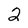
Character: 2